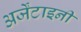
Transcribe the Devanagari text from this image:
अर्जेंटाइनी